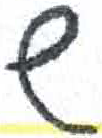
אות: ש